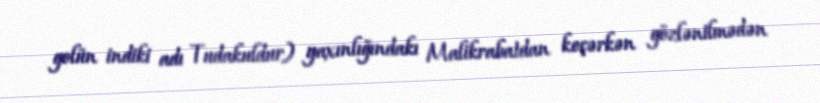
golün indiki adı Tudakuldur) yaxınlığındakı Malikrabatdan keçərkən gözlənilmədən